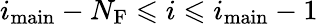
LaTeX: i_{\mathrm{main}}-N_{\mathrm{F}}\leqslant i\leqslant i_{\mathrm{main}}-1